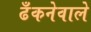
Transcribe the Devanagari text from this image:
ढँकनेवाले